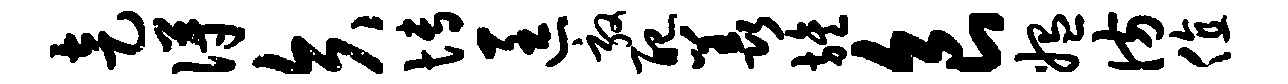
走得矢博匡敦配羡旌食媪彷值